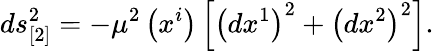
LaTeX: ds_{[2]}^{2}=-\mu^{2}\left(x^{i}\right)\left[\left(dx^{1}\right)^{2}+\left(dx^{2}\right)^{2}\right].